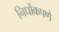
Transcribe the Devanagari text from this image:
निर्धोकपणे